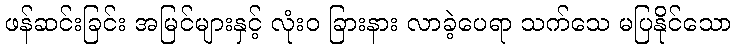
ဖန်ဆင်းခြင်း အမြင်များနှင့် လုံးဝ ခြားနား လာခဲ့ပေရာ သက်သေ မပြနိုင်သော